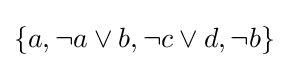
\{a,\neg a\lor b,\neg c\lor d,\neg b\}